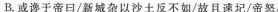
B.或谗于帝口/新城杂以沙土反不如/故且速圮/帝怒/